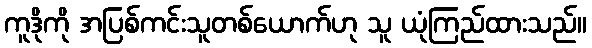
ကူဒိုကို အပြစ်ကင်းသူတစ်ယောက်ဟု သူ ယုံကြည်ထားသည်။